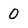
Character: 0